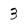
Character: 3